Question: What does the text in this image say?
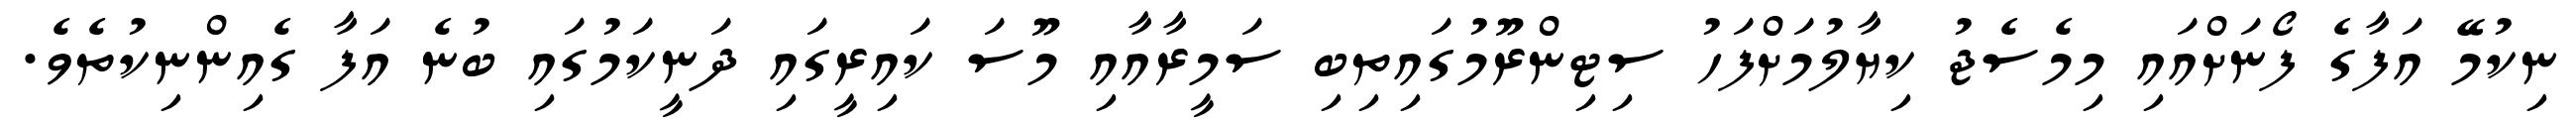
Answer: ނިކުމޭ އަފާގެ ފޯނަށްއައި މިމެސެޖު ކިޔާލުމަށްފަހު ސިޓިންރޫމުގައިތިބި ސަމީރާއާއި މޫސަ ކައިރީގައި ދަނީކަމުގައި ބުނެ އަފާ ގެއިންނިކުތެވެ.